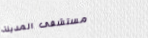
مستشفى المدينة